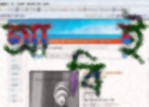
আবিই